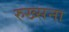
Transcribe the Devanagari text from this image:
रुख्सना